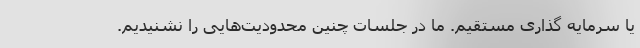
یا سرمایه گذاری مستقیم. ما در جلسات چنین محدودیت‌هایی را نشنیدیم.